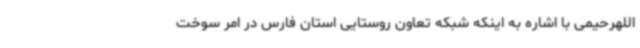
اللهرحیمی با اشاره به اینکه شبکه تعاون روستایی استان فارس در امر سوخت